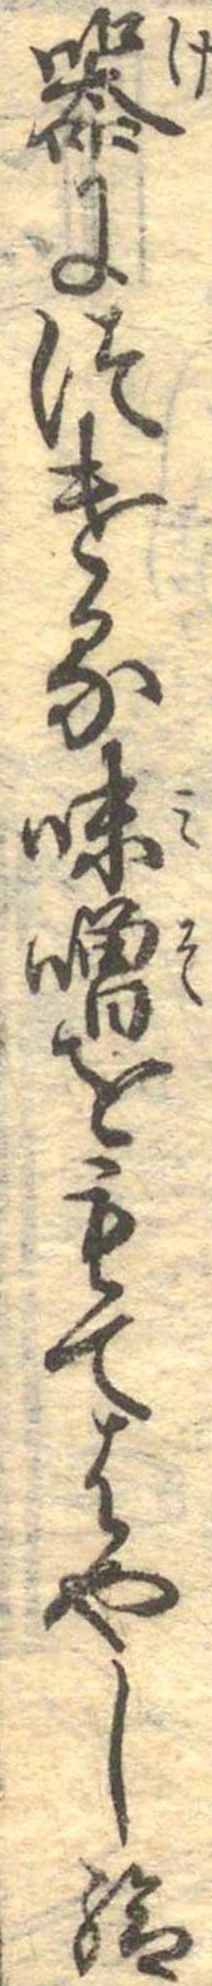
器につける味噌をもてはやし給